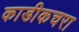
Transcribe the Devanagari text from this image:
काडीकचरा